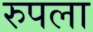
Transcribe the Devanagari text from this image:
रुपला